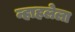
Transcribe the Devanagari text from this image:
न्हाहलेला